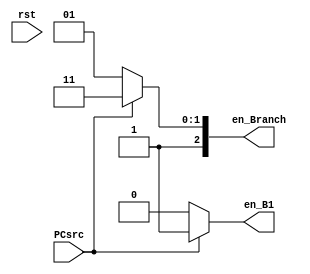

module Branch_Detection(  rst, PCsrc, en_Branch, en_B1 );

input PCsrc, rst ;

output en_B1 ;
output [2:0] en_Branch ;
/*
reg en_B1 ;
reg [2:0] en_Branch ;
*/

// {en_IF, flash, en_PC}

assign en_Branch = (PCsrc) ? 3'b111 : 3'b101;
assign en_B1 = (PCsrc) ? 1'b1 : 1'b0;


endmodule

/*
always@( rst or PCsrc )
	begin
	  case( PCsrc )
	    1'b1 : begin
				  en_Branch = 3'b111 ;
                  en_B1 = 1'b1 ;				  
				end
	    1'b0 : begin
				  en_Branch = 3'b101 ;
				  en_B1 = 1'b0 ;
		       end
	    default  begin
				  en_Branch = 3'b101 ;
				  en_B1 = 1'b0 ;
		       end
	  endcase
	end   
*/